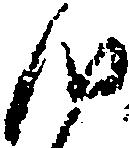
つ